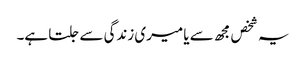
یہ شخص مجھ سے یا میری زندگی سے جلتا ہے۔